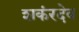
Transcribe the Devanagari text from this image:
शकंरदेव